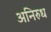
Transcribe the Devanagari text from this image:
अनिरुध